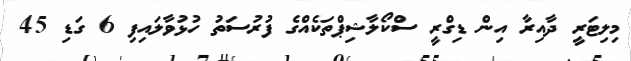
މިލިޓަރީ ދާއިރާ އިން ޑިގްރީ ސްކޯލާޝިޕްތަކެއްގެ ފުރުސަތު ހުޅުވާލައިފި 6 ގަޑި 45